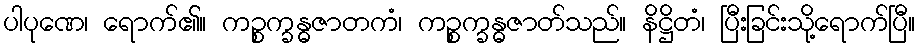
ပါပုဏေ၊ ရောက်၏။ ကဉ္စက္ခန္ဓဇာတကံ၊ ကဉ္စက္ခန္ဓဇာတ်သည်။ နိဋ္ဌိတံ၊ ပြီးခြင်းသို့ရောက်ပြီ။